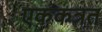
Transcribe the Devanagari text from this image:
एककत्रत